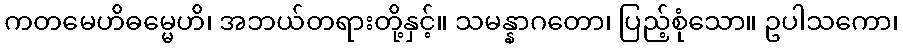
ကတမေဟိဓမ္မေဟိ၊ အဘယ်တရားတို့နှင့်။ သမန္နာဂတော၊ ပြည့်စုံသော။ ဥပါသကော၊